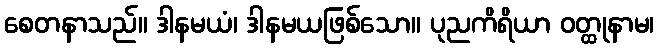
စေတနာသည်။ ဒါနမယံ၊ ဒါနမယဖြစ်သော။ ပုညကိရိယာ ဝတ္ထုနာမ၊